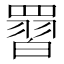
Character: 𮊙